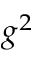
g ^ { 2 }